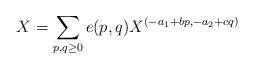
LaTeX: \begin{align*}X=\sum\limits_{p,q\ge0} e(p,q)X^{(-a_1+bp,-a_2+cq)}\end{align*}